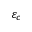
\varepsilon _ { c }